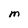
Character: M